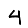
Digit: 4